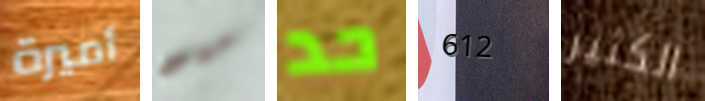
أميرة ميو حد 612 الكثير